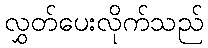
လွှတ်ပေးလိုက်သည်